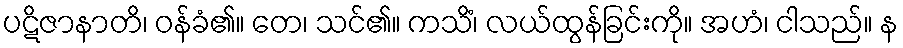
ပဋိဇာနာတိ၊ ဝန်ခံ၏။ တေ၊ သင်၏။ ကသိံ၊ လယ်ထွန်ခြင်းကို။ အဟံ၊ ငါသည်။ န